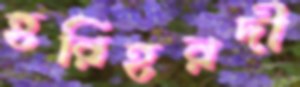
হরিহরদী